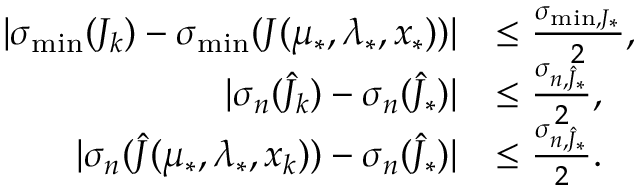
\begin{array} { r l } { | \sigma _ { \operatorname* { m i n } } ( J _ { k } ) - \sigma _ { \operatorname* { m i n } } ( J ( \mu _ { * } , \lambda _ { * } , x _ { * } ) ) | } & { \leq \frac { \sigma _ { \operatorname* { m i n } , J _ { * } } } { 2 } , } \\ { | \sigma _ { n } ( \widehat { J } _ { k } ) - \sigma _ { n } ( \widehat { J } _ { * } ) | } & { \leq \frac { \sigma _ { n , \widehat { J } _ { * } } } { 2 } , } \\ { | \sigma _ { n } ( \widehat { J } ( \mu _ { * } , \lambda _ { * } , x _ { k } ) ) - \sigma _ { n } ( \widehat { J } _ { * } ) | } & { \leq \frac { \sigma _ { n , \widehat { J } _ { * } } } { 2 } . } \end{array}